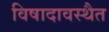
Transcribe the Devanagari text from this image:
विषादावस्थैत